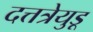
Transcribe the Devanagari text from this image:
दत्तत्रेयुडू